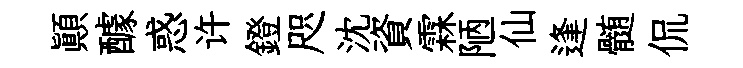
顚醵惑许鐙咫沈資霖陋仙逢髄侃